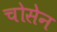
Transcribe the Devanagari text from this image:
चोसेन